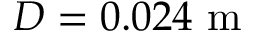
D = 0 . 0 2 4 \mathrm { ~ m ~ }